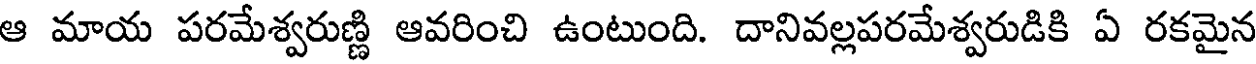
ఆ మాయ పరమేశ్వరుణ్ణి ఆవరించి ఉంటుంది. దానివల్లపరమేశ్వరుడికి ఏ రకమైన